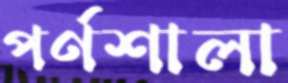
পর্ণশালা